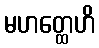
မဟတ္ထေဟိ